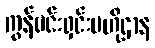
ကွန်ဗင်းရှင်းဗဟိုဌာန